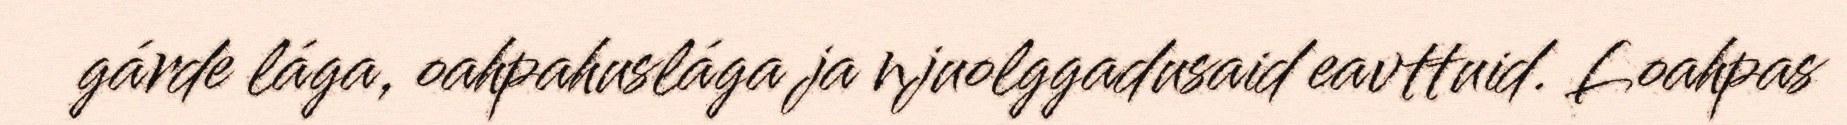
gárde lága, oahpahuslága ja njuolggadusaid eavttuid. Loahpas